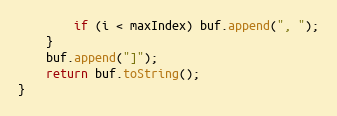
Language: Java
		if (i < maxIndex) buf.append(", ");
	}
	buf.append("]");
	return buf.toString();
}